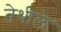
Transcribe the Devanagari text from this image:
तेथीले